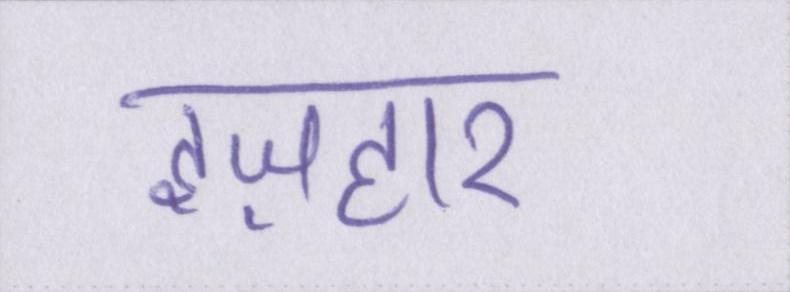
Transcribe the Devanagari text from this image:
इज़हार